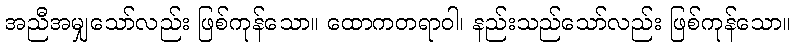
အညီအမျှသော်လည်း ဖြစ်ကုန်သော။ ထောကတရာဝါ၊ နည်းသည်သော်လည်း ဖြစ်ကုန်သော။